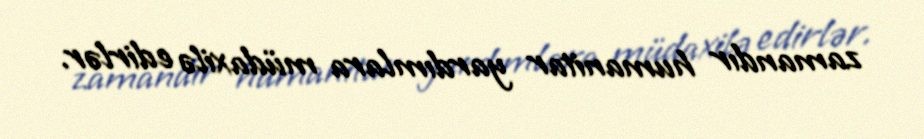
zamandır humanitar yardımlara müdaxilə edirlər.